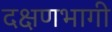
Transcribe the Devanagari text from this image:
दक्षणभागी